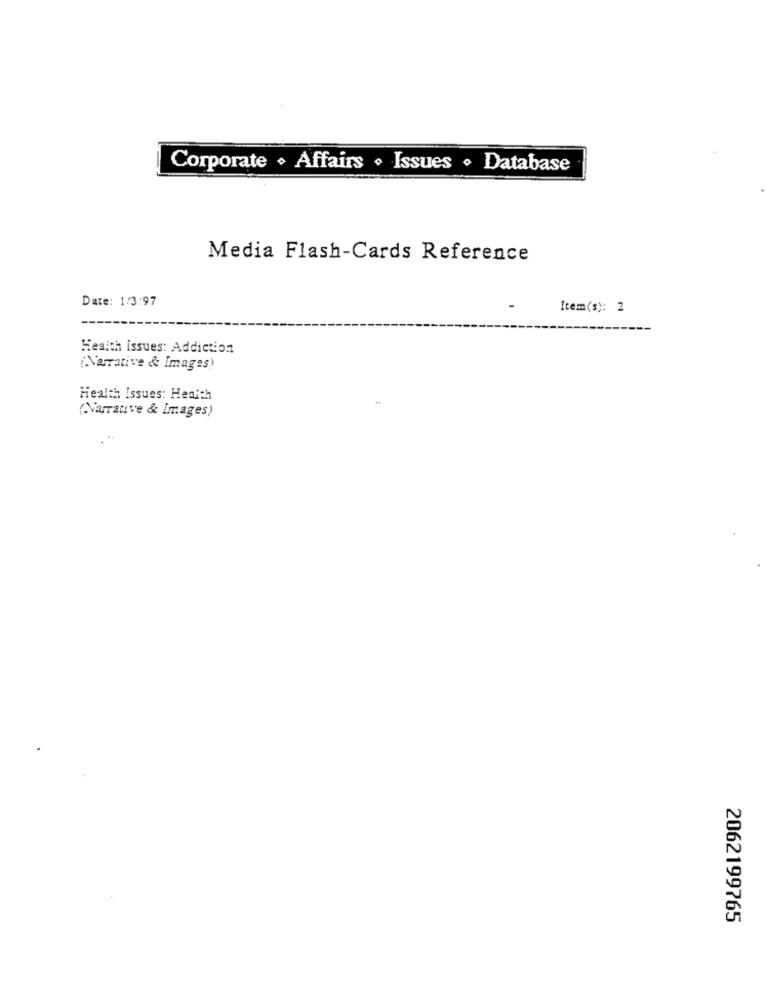
Corporate . Affairs · Issues · Database
Media Flash-Cards Reference
Date: 1/3:97
Item(s): 2
Health issues: Addiction
(Narrative && Images)
Health Issues: Health
(Narrative & Images)
2062199765